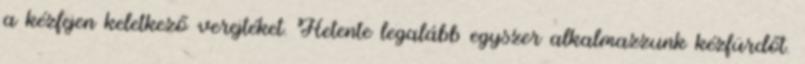
a kézfejen keletkező verejtéket. Hetente legalább egyszer alkalmazzunk kézfürdőt.